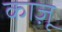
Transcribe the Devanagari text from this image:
काज़ू